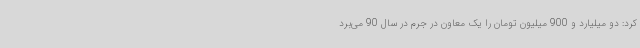
کرد: دو میلیارد و 900 میلیون تومان را یک معاون در جرم در سال 90 می‌برد